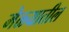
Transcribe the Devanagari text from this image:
मेळ्यातील